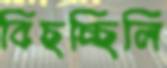
বিছচ্ছিলি